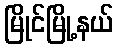
မြိုင်မြို့နယ်